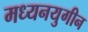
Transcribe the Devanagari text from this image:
मध्यनयुगीन